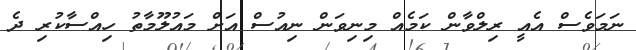
ނަމަވެސް އެއީ ރިލްވާން ކަމެއް މިނިވަން ނިއުސް އަށް މައުލޫމާތު ހިއްސާކުރި ދެ